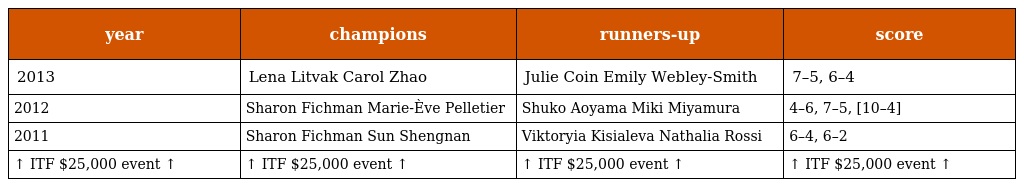
| year | champions | runners-up | score |
 | --- | --- | --- | --- |
 | 2013 | Lena Litvak Carol Zhao | Julie Coin Emily Webley-Smith | 7–5, 6–4 |
 | 2012 | Sharon Fichman Marie-Ève Pelletier | Shuko Aoyama Miki Miyamura | 4–6, 7–5, [10–4] |
 | 2011 | Sharon Fichman Sun Shengnan | Viktoryia Kisialeva Nathalia Rossi | 6–4, 6–2 |
 | ↑ ITF $25,000 event ↑ | ↑ ITF $25,000 event ↑ | ↑ ITF $25,000 event ↑ | ↑ ITF $25,000 event ↑ |